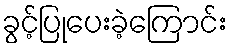
ခွင့်ပြုပေးခဲ့ကြောင်း